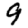
Digit: 9